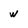
Character: w